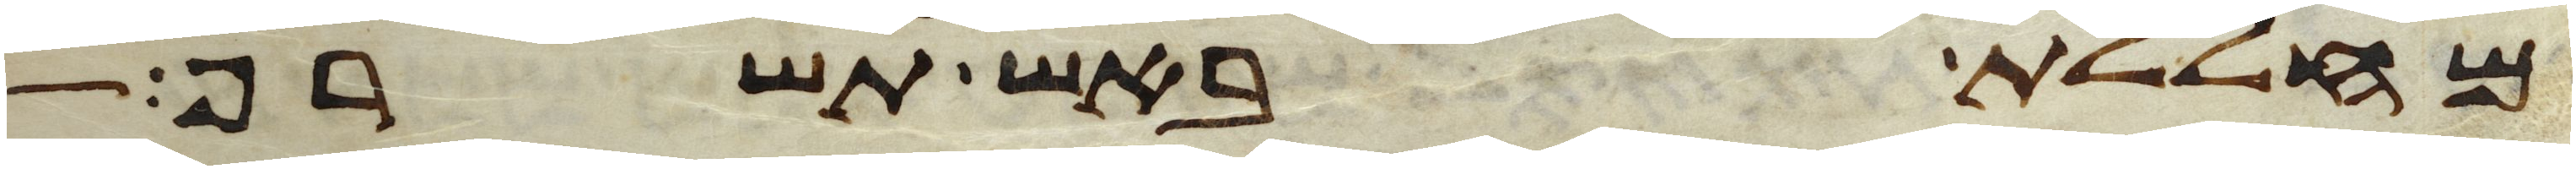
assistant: מחללת באש תשרף